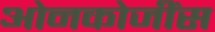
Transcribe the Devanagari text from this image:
ओनकोजींस